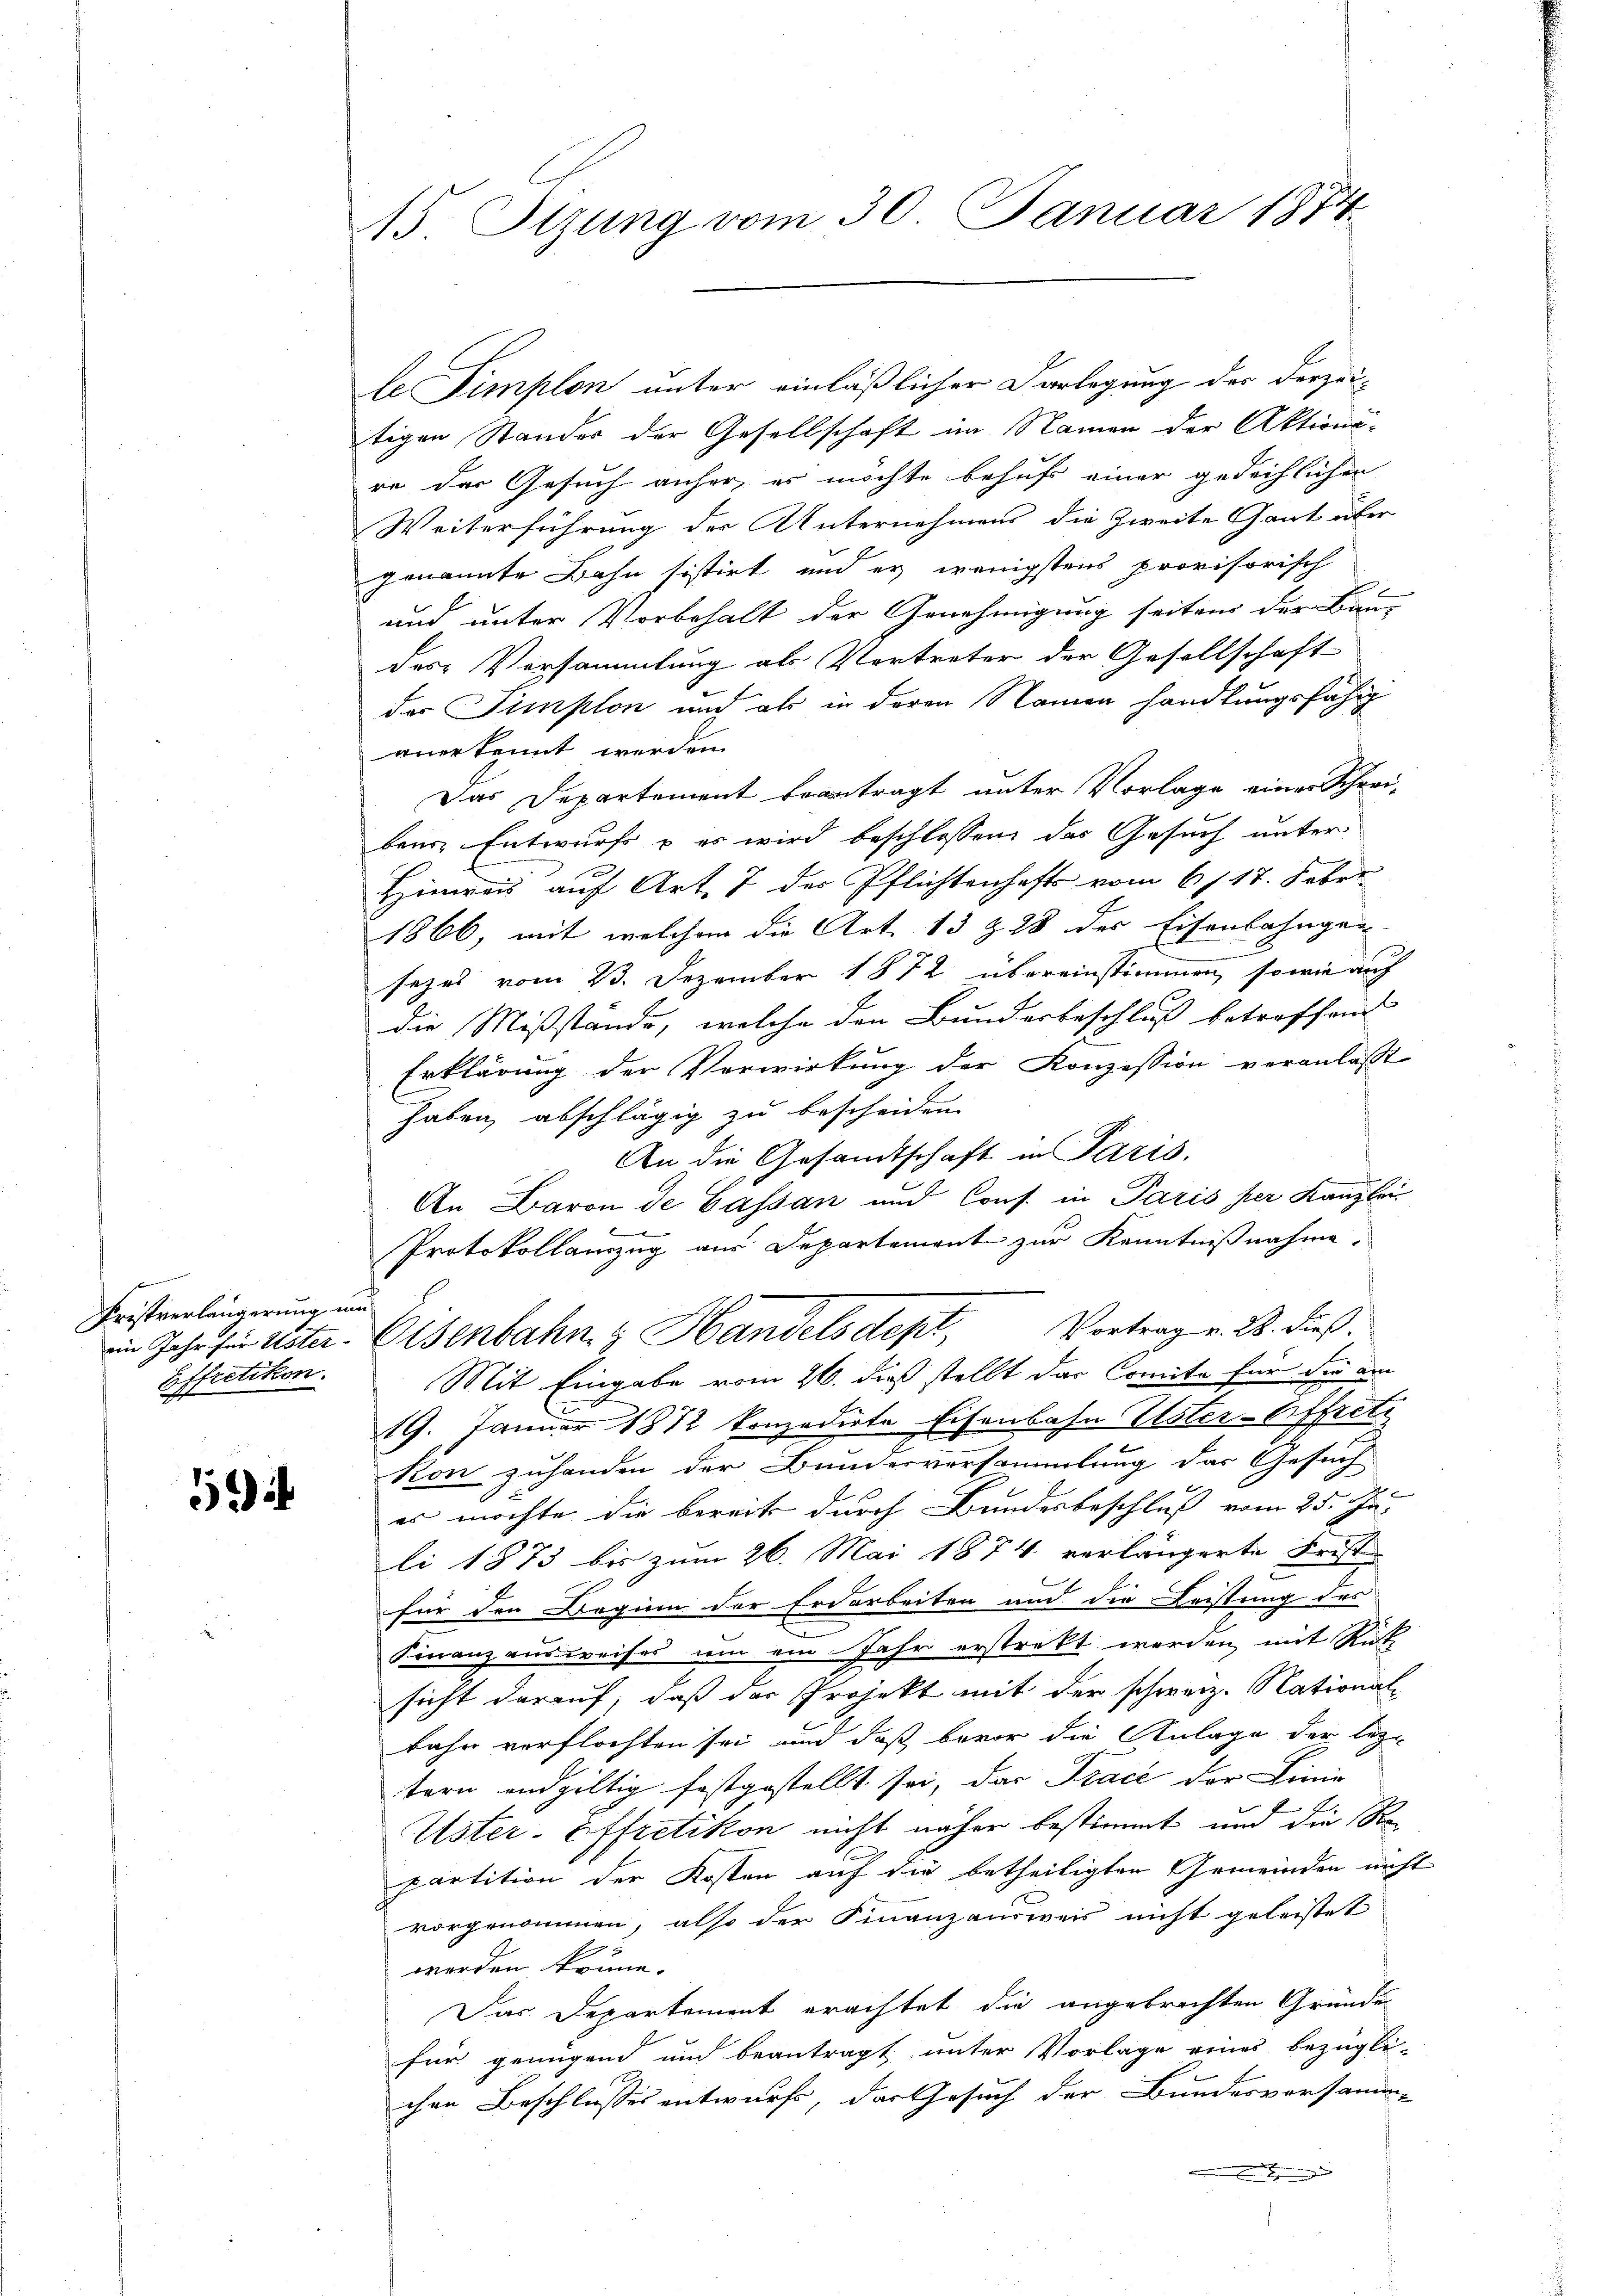
1

15. Sizung vom 30. Januar 1874.

Fristverlängerung un
Effretikon.

tigen Standes der Gesellschaft im Namen der Aktions-
re der Gesuch anher, es möchte behufs einer gedeihlichen
Weiterführung der Unternehmens die Zweite Gant über
genannte Bahn sistirt und es wenigstens provisorisch
und unter Vorbehalt der Genehmigung seiten der Bau-
des Versammlung als Vertreter der Gesellschaft
der Simplon und als in deren Namen handlungsfähig
anerkennt werden
Das Departement beantragt unter Vorlage einer Schrei-
bene Entwurfs & es wird beschlossen, das Gesuch unter
Himreis auf Art. 7 des Pflichtenhafts vom 6. 17. Feber
1866, mit welchem die Art. 13 Z 28 der Eisenbahngen
sezes vom 23. Dezember 1872 übereinstimmen, sowie auch
die Mißstände, welche den Bundesbeschluß betreffend
Erklärung der Verwirkung der Konzession veranlaßt
haben, abschlägig zu bescheiden.
An die Gesandtschaft in Paris.
An Baron de Cassan und Cons. in Paris per Kanzlei
e
Protokollauszug aus Departement zur Kenntnißnahme.
iin Jahr für Uster Eisenbahn & Handelsdept, Vortrag v. 28. dieß.
Mit Eingabe vom 26. dieß stellt das Comita für die am
19. Jänner 1812 konzedirte Eisenbahn Uster-Offreti
Kon zuhanden der Bundesversammlung das Gesuch
es möchte die bereits durch Bundesbeschluß vom 25. Jus
li 1873 bis zum 26. Mai 1874 verlängerte Frist
für den Beginn der Erdarbeiten und die Leistung des
e
Finanzausweises um ein Jahr erstrekt werden, mit Rück
sicht darauf, daß der Projekt mit der schweiz. National-
bahr verflochten sei und daß bevor die Anlage der lez
tern endgültig festgestellt sei, das Trace der Linie
Uster-Effretikon nicht näher bestimmt und die Repartition der Kosten auf die betheiligten Gemeinden nicht
vorgenommen, also der Finanzausweis nicht geleistet
werden könne.
Das Departement erachtet die angebrachten Gründe
für genügend und beantragt unter Vorlage eines bezügli-
chen Beschlusses entwurf, das Gesuch der Bundesversamme
mnen Be

le Simplon unter einläßlicher Darlegung des derzei-